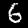
Digit: 6